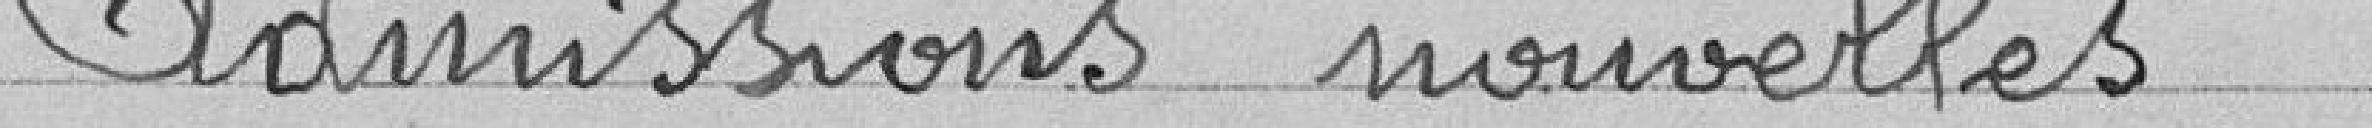
Admissions nouvelles